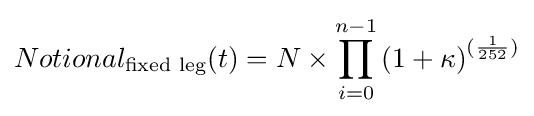
Notional_{\text{fixed leg}}(t)=N\times \prod _{i=0}^{n-1}\left(1+\kappa \right)^{({\frac {1}{252}})}